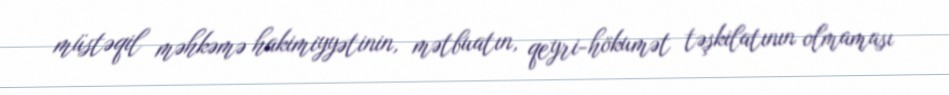
müstəqil məhkəmə hakimiyyətinin, mətbuatın, qeyri-hökumət təşkilatının olmaması